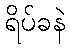
ရိပ်ခနဲ